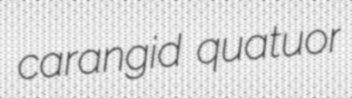
carangid quatuor